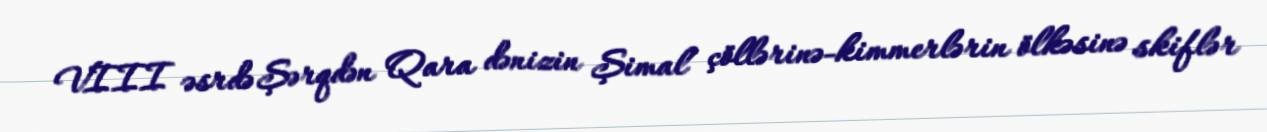
VIII əsrdə Şərqdən Qara dənizin Şimal çöllərinə-kimmerlərin ölkəsinə skiflər